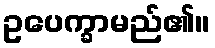
ဥပေက္ခာမည်၏။